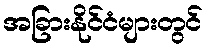
အခြားနိုင်ငံများတွင်